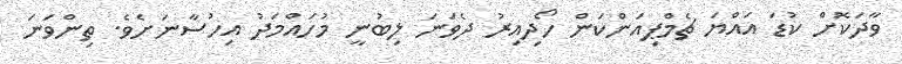
ވާދަކޮށް ކުޑަ އައްޔަ ޗެމްޕިއަންކަން ހޯދިއިރު ދެވަނަ ލިބުނީ މުހައްމަދު އިހުސާނަށެވެ. ތިންވަނަ